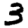
Digit: 3